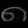
Digit: ၈